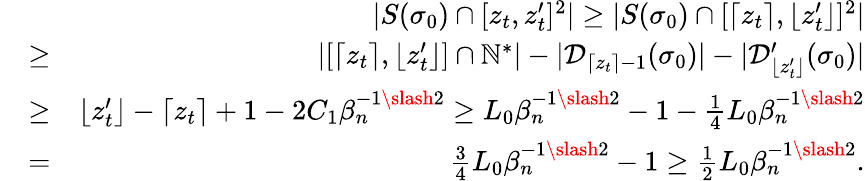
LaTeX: \begin{array}{rlr}&{}&{|S(\sigma_{0})\cap[z_{t},z_{t}^{\prime}]^{2}|\geq|S(\sigma_{0})\cap[\lceil z_{t}\rceil,\lfloor z_{t}^{\prime}\rfloor]^{2}|}\\ &{\geq}&{|[\lceil z_{t}\rceil,\lfloor z_{t}^{\prime}\rfloor]\cap\mathbb{N}^{*}|-|\mathcal{D}_{\lceil z_{t}\rceil-1}(\sigma_{0})|-|\mathcal{D}_{\lfloor z_{t}^{\prime}\rfloor}^{\prime}(\sigma_{0})|}\\ &{\geq}&{\lfloor z_{t}^{\prime}\rfloor-\lceil z_{t}\rceil+1-2C_{1}\beta_{n}^{-1\slash 2}\geq L_{0}\beta_{n}^{-1\slash 2}-1-\frac{1}{4}L_{0}\beta_{n}^{-1\slash 2}}\\ &{=}&{\frac{3}{4}L_{0}\beta_{n}^{-1\slash 2}-1\geq\frac{1}{2}L_{0}\beta_{n}^{-1\slash 2}.}\end{array}